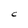
Character: C